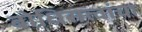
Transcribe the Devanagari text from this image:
बोधिसत्वांचा